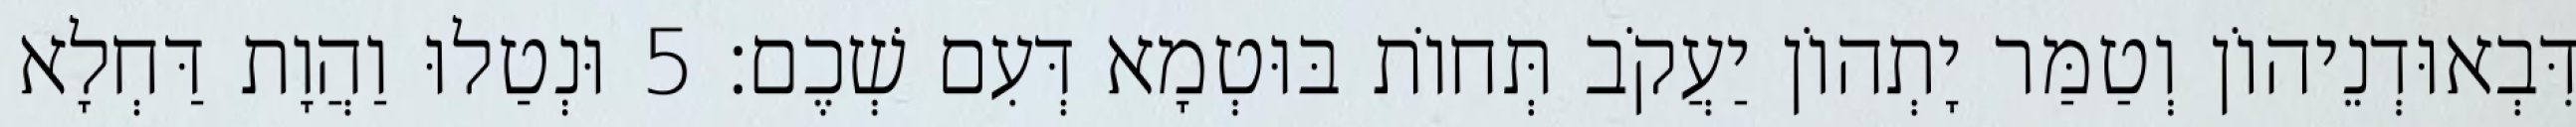
דִּבְאוּדְנֵיהוֹן וְטַמַּר יָתְהוֹן יַעֲקֹב תְּחוֹת בּוּטְמָא דְּעִם שְׁכֶם׃ 5 וּנְטַלוּ וַהֲוָת דַּחְלָא